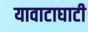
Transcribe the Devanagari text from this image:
यावाटाघाटी